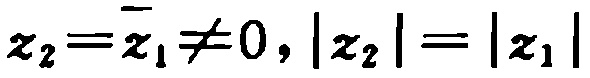
$z_{2}=\overline{z_{1}}\neq0,|z_{2}| = |z_{1}|$